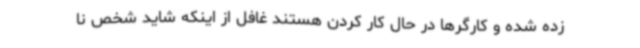
زده شده و کارگرها در حال کار کردن هستند غافل از اینکه شاید شخص نا